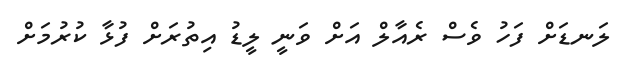
ލަނޑަށް ފަހު ވެސް ރެއާލް އަށް ވަނީ ލީޑު އިތުރަށް ފުޅާ ކުރުމަށް